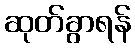
ဆုတ်ခွာရန်